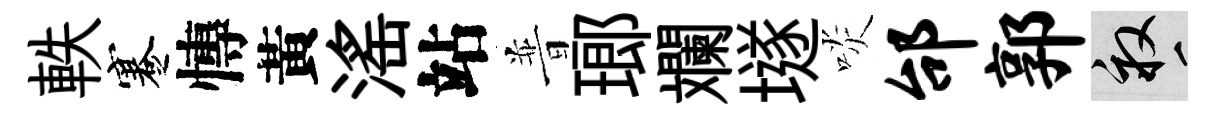
軼蹇慱黃滛站普瑯斕𡑞啖邰郭畝